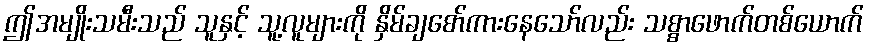
ဤအမျိုးသမီးသည် သူနှင့် သူ့လူများကို နှိမ်ချစော်ကားနေသော်လည်း သစ္စာဖောက်တစ်ယောက်